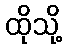
ထိုသို့